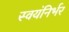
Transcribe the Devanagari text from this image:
स्‍वयंनिर्भर